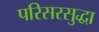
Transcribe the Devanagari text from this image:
परिसरसुद्धा